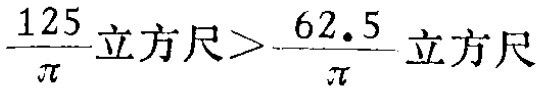
$\frac{125}{\pi}\text{立方尺}>\frac{62.5}{\pi}\text{立方尺}$